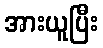
အားယူပြီး